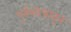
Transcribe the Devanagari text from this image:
पुर्नशोधातून